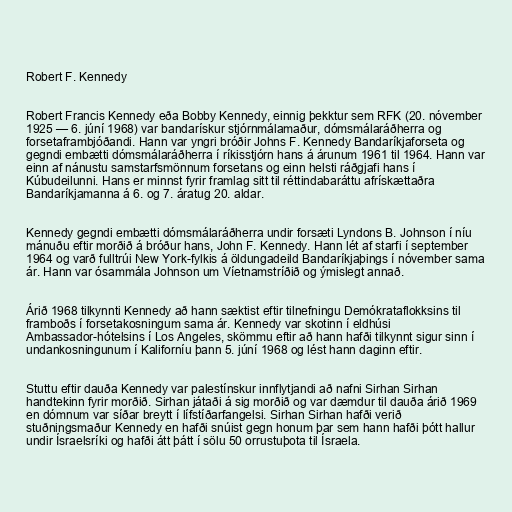
Robert F. Kennedy

Robert Francis Kennedy eða Bobby Kennedy, einnig þekktur sem RFK (20. nóvember
1925 — 6. júní 1968) var bandarískur stjórnmálamaður, dómsmálaráðherra og
forsetaframbjóðandi. Hann var yngri bróðir Johns F. Kennedy Bandaríkjaforseta og
gegndi embætti dómsmálaráðherra í ríkisstjórn hans á árunum 1961 til 1964. Hann var
einn af nánustu samstarfsmönnum forsetans og einn helsti ráðgjafi hans í
Kúbudeilunni. Hans er minnst fyrir framlag sitt til réttindabaráttu afrískættaðra
Bandaríkjamanna á 6. og 7. áratug 20. aldar.

Kennedy gegndi embætti dómsmálaráðherra undir forsæti Lyndons B. Johnson í níu
mánuðu eftir morðið á bróður hans, John F. Kennedy. Hann lét af starfi í september
1964 og varð fulltrúi New York-fylkis á öldungadeild Bandaríkjaþings í nóvember sama
ár. Hann var ósammála Johnson um Víetnamstríðið og ýmislegt annað.

Árið 1968 tilkynnti Kennedy að hann sæktist eftir tilnefningu Demókrataflokksins til
framboðs í forsetakosningum sama ár. Kennedy var skotinn í eldhúsi
Ambassador-hótelsins í Los Angeles, skömmu eftir að hann hafði tilkynnt sigur sinn í
undankosningunum í Kaliforníu þann 5. júní 1968 og lést hann daginn eftir.

Stuttu eftir dauða Kennedy var palestínskur innflytjandi að nafni Sirhan Sirhan
handtekinn fyrir morðið. Sirhan játaði á sig morðið og var dæmdur til dauða árið 1969
en dómnum var síðar breytt í lífstíðarfangelsi. Sirhan Sirhan hafði verið
stuðningsmaður Kennedy en hafði snúist gegn honum þar sem hann hafði þótt hallur
undir Ísraelsríki og hafði átt þátt í sölu 50 orrustuþota til Ísraela.